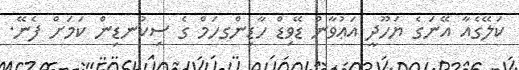
ކަލޭގެއާ އޭނަގެ ޔަހޫދީ އަޢުވާނު ޑޭވިޑް ހާޑިންގހަމް ގެ ސިކުނޑިން ކަމަށް ފެނޭ.